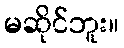
မဆိုင်ဘူး။